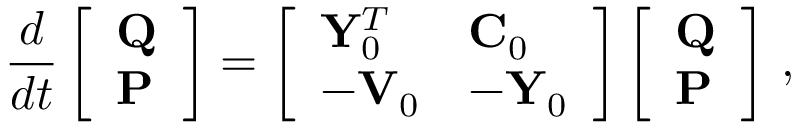
\frac { d } { d t } \left[ \begin{array} { l } { \mathbf { Q } } \\ { \mathbf { P } } \end{array} \right] = \left[ \begin{array} { l l } { { \bf Y } _ { 0 } ^ { T } } & { { \bf C } _ { 0 } } \\ { - \mathbf { V } _ { 0 } } & { - { \bf Y } _ { 0 } } \end{array} \right] \left[ \begin{array} { l } { \mathbf { Q } } \\ { \mathbf { P } } \end{array} \right] \, ,